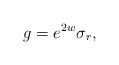
\begin{align*}g=e^{2w}\sigma_r,\end{align*}